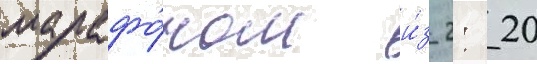
марафо́ном и́з 2: 20